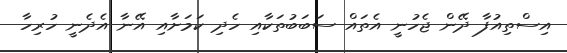
އިސްތިއުފާ ދޭން ޖެހުނީ އެތައް ސަބަބުތަކާއި ހެދި ކަމަށާއި އޭނާ އެދެނީ ހުރިހާ